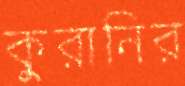
কুরানির